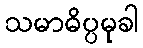
သမာဓိပ္ပမုခါ